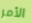
الأمر